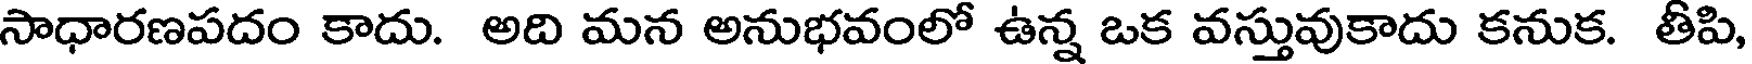
సాధారణపదం కాదు. అది మన అనుభవంలో ఉన్న ఒక వస్తువుకాదు కనుక. తీపి,